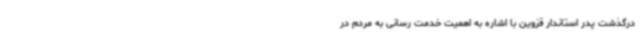
درگذشت پدر استاندار قزوین با اشاره به اهمیت خدمت رسانی به مردم در